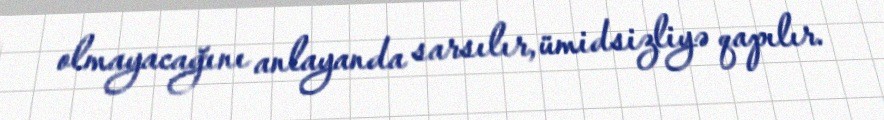
olmayacağını anlayanda sarsılır, ümidsizliyə qapılır.